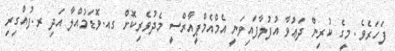
ފަހަރެވެ. މީގެ ކުރިން ދަޢުވާ އުފުލާފައިވަނީ އެމްއެމްޕީއާރްސީ މެދުވެރިކޮށް ގއ.ވޮޑަމުއްލާ އަދި ރ.ފުއްގިރި